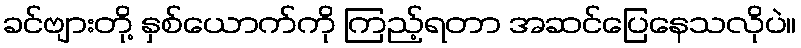
ခင်ဗျားတို့ နှစ်ယောက်ကို ကြည့်ရတာ အဆင်ပြေနေသလိုပဲ။